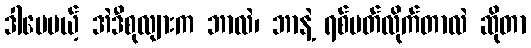
ဒါပေမယ့် အဲဒီစုလျားက ဘာလဲ၊ ဘာနဲ့ ရစ်ပတ်လိုက်တာလဲ ဆိုတာ